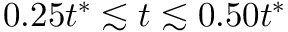
0 . 2 5 t ^ { * } \lesssim t \lesssim 0 . 5 0 t ^ { * }